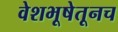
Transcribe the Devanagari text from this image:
वेशभूषेतूनच